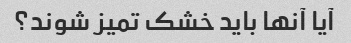
آیا آنها باید خشک تمیز شوند؟